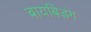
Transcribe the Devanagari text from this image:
बायबिडंग